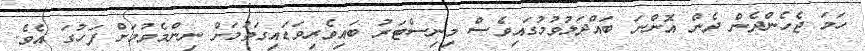
ހަމަ ޖެހެންދެން ދެން އޮންނަ ބައްދަލުވުމުގައިވެސް މިނިސްޓަރު ބައިވެރިވަޑައިގަތުމަށް ނިންމެވުމަށް ފަހުގަ އެވެ.